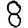
Digit: 8